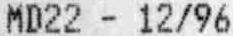
MD22 - 12/96